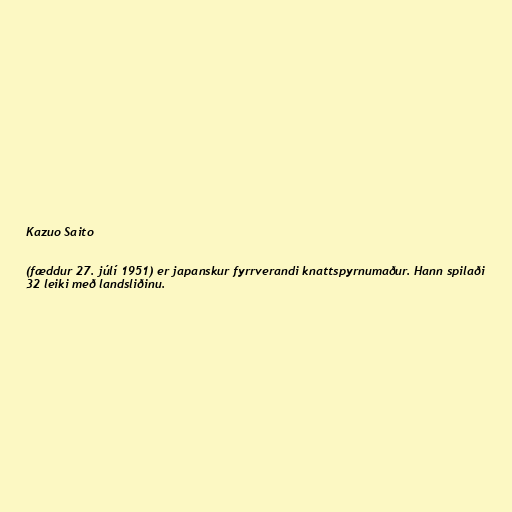
Kazuo Saito

(fæddur 27. júlí 1951) er japanskur fyrrverandi knattspyrnumaður. Hann spilaði
32 leiki með landsliðinu.